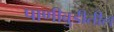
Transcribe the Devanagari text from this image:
पाणीबुडीतील